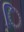
િ